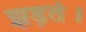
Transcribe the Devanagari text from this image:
झड़ते।